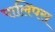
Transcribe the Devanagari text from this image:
पालिपस